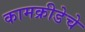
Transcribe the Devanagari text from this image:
कामक्रीडेचे